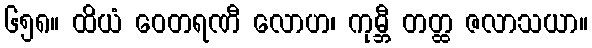
၆၅၈။ ထိယံ ဝေတရဏီ လောဟ၊ ကုမ္ဘီ တတ္ထ ဇလာသယာ။